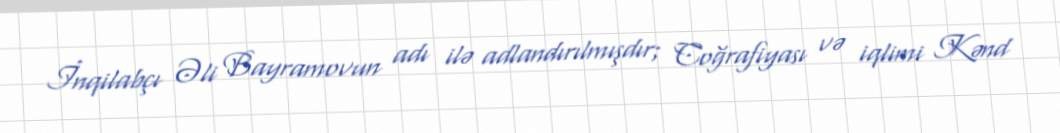
İnqilabçı Əli Bayramovun adı ilə adlandırılmışdır; Coğrafiyası və iqlimi Kənd